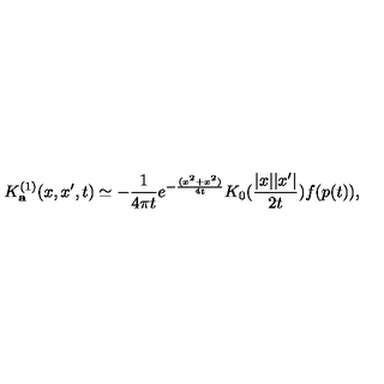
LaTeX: K _ { \bf a } ^ { ( 1 ) } ( x , x ^ { \prime } , t ) \simeq - { \frac { 1 } { 4 \pi t } } e ^ { - { \frac { ( x ^ { 2 } + x ^ { 2 } ) } { 4 t } } } K _ { 0 } ( { \frac { | x | | x ^ { \prime } | } { 2 t } } ) f ( p ( t ) ) ,